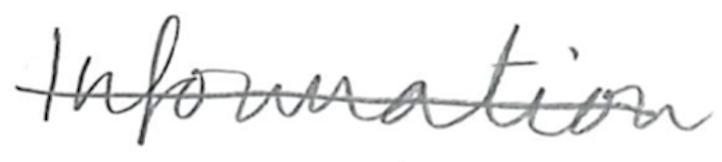
Text: Information
Cross-out: single-line
Writing tool: pencil